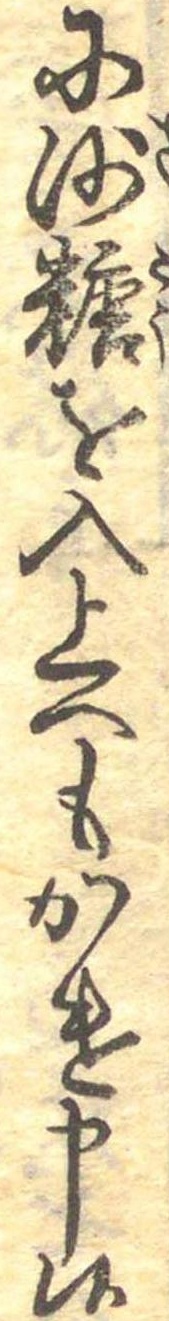
に沙糖を入上へもかけ申候